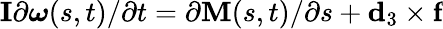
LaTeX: \textbf{I}\partial\boldsymbol{\omega}(s,t)/\partial t=\partial\textbf{M}(s,t)/\partial s+\textbf{d}_{3}\times\textbf{f}